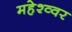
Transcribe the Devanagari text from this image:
महेश्व्वर